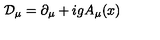
{ \cal D } _ { \mu } = \partial _ { \mu } + i g A _ { \mu } ( x )